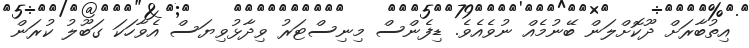
އިތުބާރަށް ދޫކޮށްލަން ބޭނުމެއް ނުވެއެވެ. ޑިފެންސް މިނިސްޓަރު ވިދާޅުވިޔަސް އެވާހަކަ ގަބޫލު ކުރަން